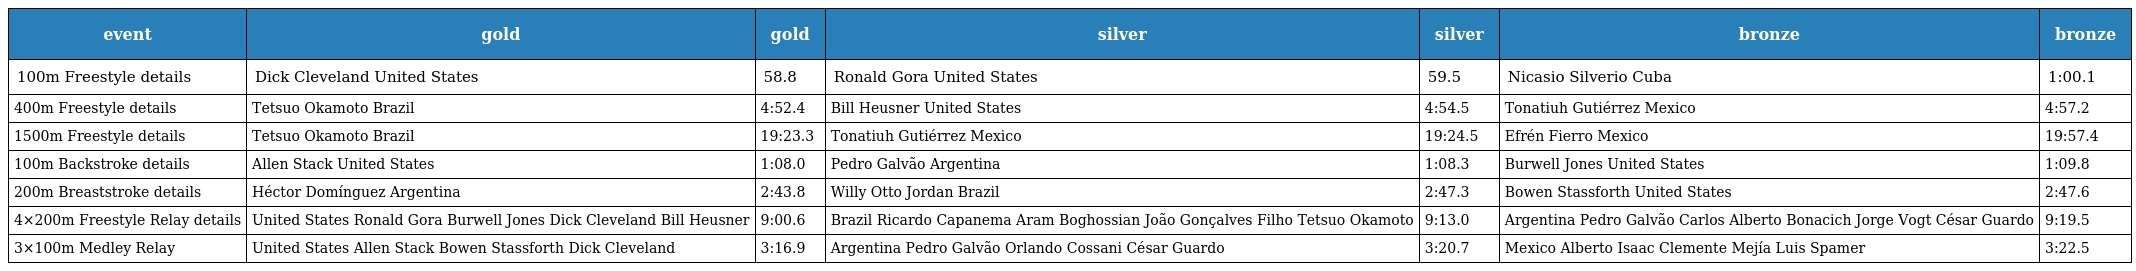
| event | gold | gold | silver | silver | bronze | bronze |
 | --- | --- | --- | --- | --- | --- | --- |
 | 100m Freestyle details | Dick Cleveland United States | 58.8 | Ronald Gora United States | 59.5 | Nicasio Silverio Cuba | 1:00.1 |
 | 400m Freestyle details | Tetsuo Okamoto Brazil | 4:52.4 | Bill Heusner United States | 4:54.5 | Tonatiuh Gutiérrez Mexico | 4:57.2 |
 | 1500m Freestyle details | Tetsuo Okamoto Brazil | 19:23.3 | Tonatiuh Gutiérrez Mexico | 19:24.5 | Efrén Fierro Mexico | 19:57.4 |
 | 100m Backstroke details | Allen Stack United States | 1:08.0 | Pedro Galvão Argentina | 1:08.3 | Burwell Jones United States | 1:09.8 |
 | 200m Breaststroke details | Héctor Domínguez Argentina | 2:43.8 | Willy Otto Jordan Brazil | 2:47.3 | Bowen Stassforth United States | 2:47.6 |
 | 4×200m Freestyle Relay details | United States Ronald Gora Burwell Jones Dick Cleveland Bill Heusner | 9:00.6 | Brazil Ricardo Capanema Aram Boghossian João Gonçalves Filho Tetsuo Okamoto | 9:13.0 | Argentina Pedro Galvão Carlos Alberto Bonacich Jorge Vogt César Guardo | 9:19.5 |
 | 3×100m Medley Relay | United States Allen Stack Bowen Stassforth Dick Cleveland | 3:16.9 | Argentina Pedro Galvão Orlando Cossani César Guardo | 3:20.7 | Mexico Alberto Isaac Clemente Mejía Luis Spamer | 3:22.5 |